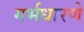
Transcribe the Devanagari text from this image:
गर्भधारणे